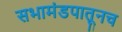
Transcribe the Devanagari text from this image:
सभामंडपातूनच